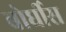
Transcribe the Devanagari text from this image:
बोर्घीस